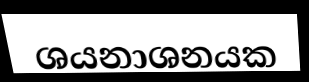
ශයනාශනයක